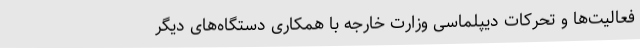
فعالیت‌ها و تحرکات دیپلماسی وزارت خارجه با همکاری دستگاه‌های دیگر